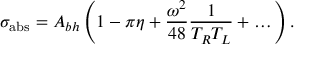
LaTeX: \sigma _ { \mathrm { a b s } } = A _ { b h } \left( 1 - \pi \eta + { \frac { \omega ^ { 2 } } { 4 8 } } { \frac { 1 } { T _ { R } T _ { L } } } + \dots \right) .